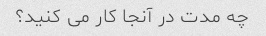
چه مدت در آنجا کار می کنید؟